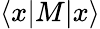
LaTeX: \langle x|M|x\rangle